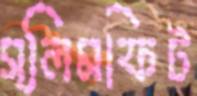
স্লিমফিট